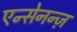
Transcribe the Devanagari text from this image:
एन्सेनन्ज़